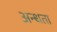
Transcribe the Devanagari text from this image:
अन्‍धता